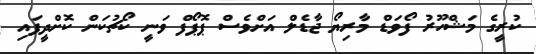
ކުރީގެ މަޝްހޫރު ފޯވަޑް މާރިޔޯ ޖާޑެލް އަށްވެސް ޕޮޕޯފް ވަނީ ކޯޗުކަން ކޮށްދީފައި